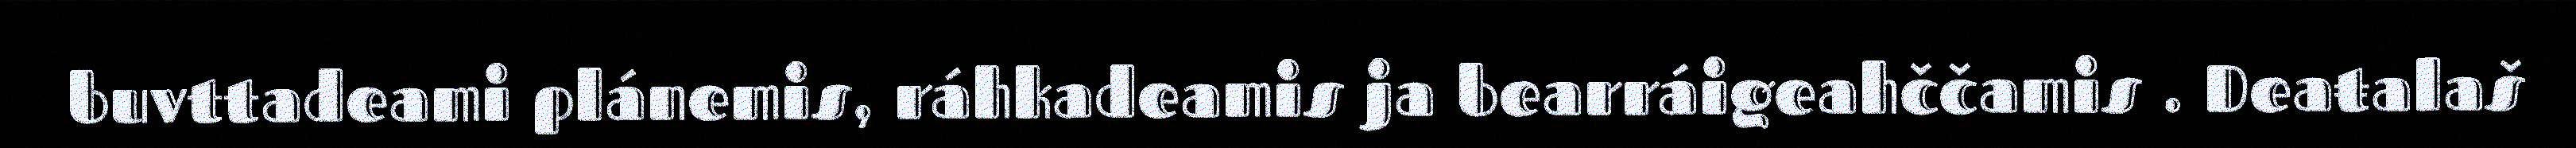
buvttadeami plánemis, ráhkadeamis ja bearráigeahččamis . Deaŧalaš